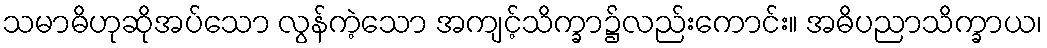
သမာဓိဟုဆိုအပ်သော လွန်ကဲ့သော အကျင့်သိက္ခာ၌လည်းကောင်း။ အဓိပညာသိက္ခာယ၊